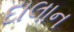
દાલાન